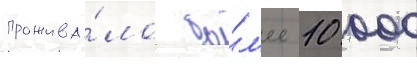
прожива́ло бо́л'ее 10 000